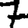
Digit: 7